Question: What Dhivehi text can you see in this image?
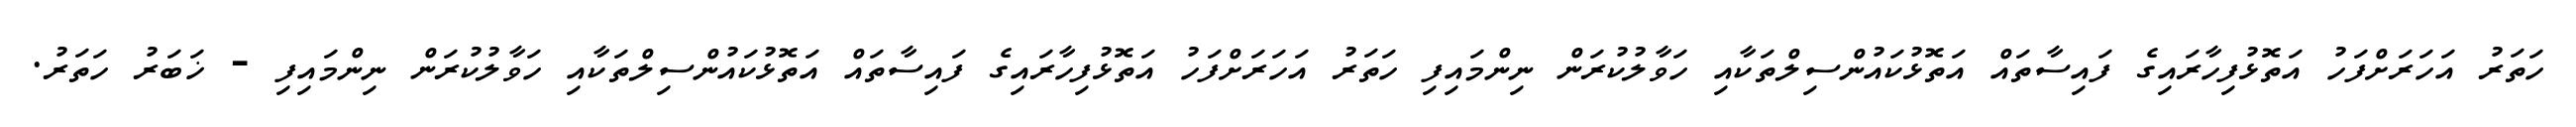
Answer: ހަތަރު އަހަރަށްފަހު އަތޮޅުފިހާރައިގެ ފައިސާތައް އަތޮޅުކައުންސިލްތަކާއި ހަވާލުކުރަން ނިންމައިފި ހަތަރު އަހަރަށްފަހު އަތޮޅުފިހާރައިގެ ފައިސާތައް އަތޮޅުކައުންސިލްތަކާއި ހަވާލުކުރަން ނިންމައިފި - ޚަބަރު ހަތަރު.